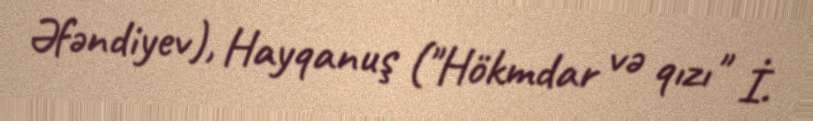
Əfəndiyev), Hayqanuş ("Hökmdar və qızı" İ.